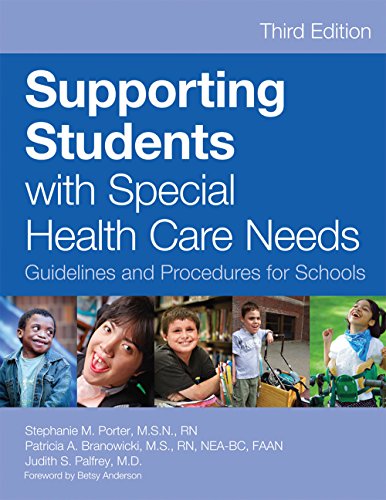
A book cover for Supporting Students with Special Health Care Needs: Guidelines and Procedures for Schools, Third Edition; Medical Books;